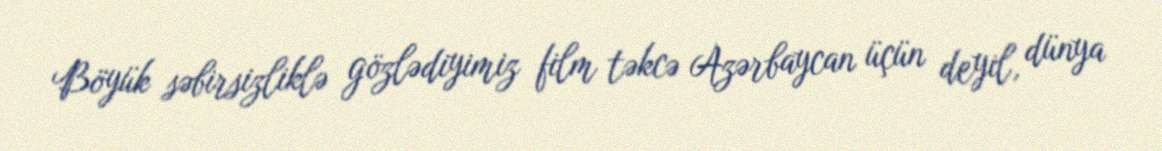
Böyük səbirsizliklə gözlədiyimiz film təkcə Azərbaycan üçün deyil, dünya